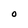
Character: O